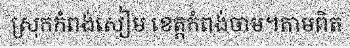
ស្រុកកំពង់សៀម ខេត្តកំពង់ចាម។តាមពិត